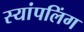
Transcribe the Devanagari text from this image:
स्यांपलिंग